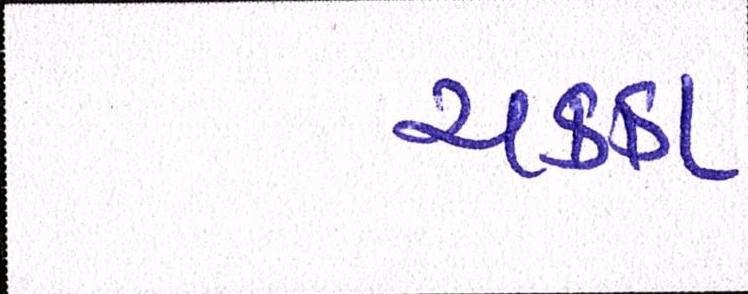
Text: ચક્કા